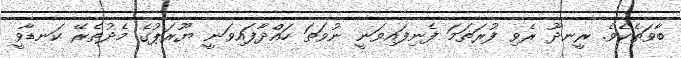
ބާވަތެކެވެ. ރީނދޫ ރެވި ފުރަތަމަ ފެނިފައިވަނީ ނުވަތަ ހައްދާފައިވަނީ ޔޫރަޕުގެ މެދުތެރޭ ކަނޑާވީ